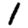
Digit: 1